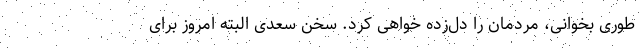
طوری بخوانی، مردمان را دل‌زده خواهی کرد. سخن سعدی البته امروز برای